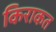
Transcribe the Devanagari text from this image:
किराकत